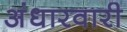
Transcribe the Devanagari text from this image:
अंधारवारी